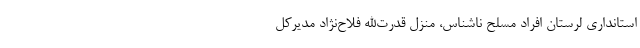
استانداری لرستان افراد مسلح ناشناس، منزل قدرت‌الله فلاح‌نژاد مدیرکل